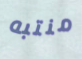
منتبه